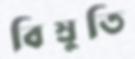
বিস্রুতি